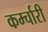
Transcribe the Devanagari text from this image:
कर्म्चारी